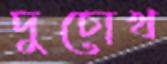
দুচোখ